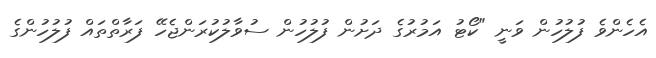
އެހެންވެ ފުލުހުން ވަނީ "ކޯޓު އަމުރުގެ ދަށުން ފުލުހުން ސުވާލުކުރަންޖެހޭ ފަރާތްތައް ފުލުހުންގެ